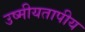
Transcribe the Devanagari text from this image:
उष्मीयतापीय